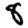
Digit: 8